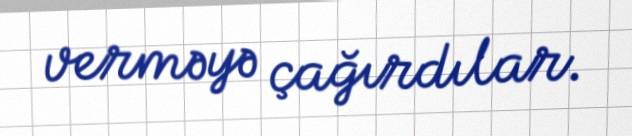
verməyə çağırdılar.